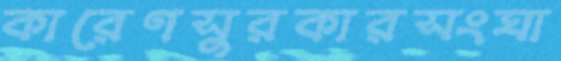
কারেণসুরকারসংঘা